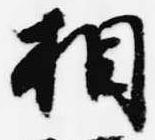
相